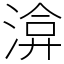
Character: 渰